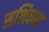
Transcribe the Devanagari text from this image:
सभिधन